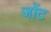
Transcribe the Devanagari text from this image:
जोंट